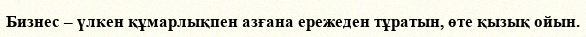
Бизнес – үлкен құмарлықпен азғана ережеден тұратын, өте қызық ойын.